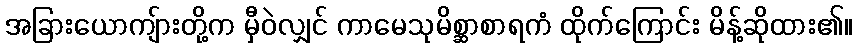
အခြားယောကျ်ားတို့က မှီဝဲလျှင် ကာမေသုမိစ္ဆာစာရကံ ထိုက်ကြောင်း မိန့်ဆိုထား၏။